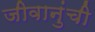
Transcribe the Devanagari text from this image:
जीवानुंची